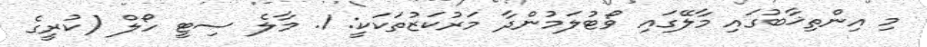
މި އިންތިޚާބުގައި މާލޭގައި ވޯޓުލަމުންދާ މަރުކަޒުތަކަކީ: 1. މާލެ ސިޓީ ހޯލް (ކުރީގެ